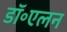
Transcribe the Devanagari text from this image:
डॉ॰एलन